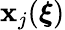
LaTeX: \mathbf{x}_{j}(\boldsymbol{\xi})